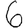
Digit: 6